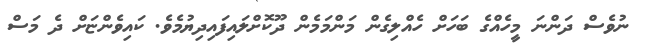
ނުވެސް ދަންނަ މީހެއްގެ ބަހަށް ހެއްލިގެން މަންމަމެން ދޫކޮށްލައިފައިދިޔުމެވެ. ކައިވެންޏަށް ދެ މަސް